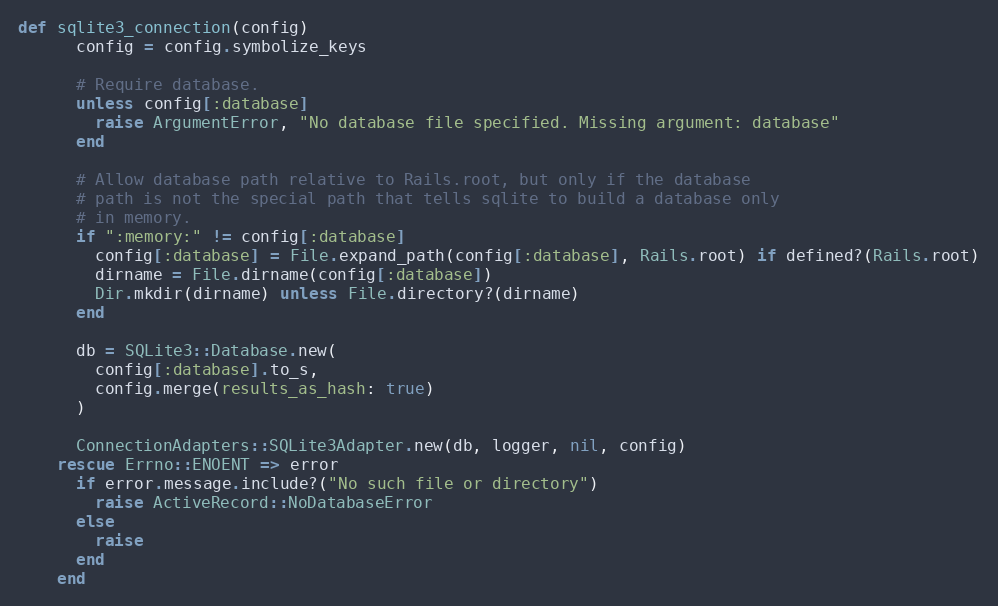
Language: Ruby
def sqlite3_connection(config)
      config = config.symbolize_keys

      # Require database.
      unless config[:database]
        raise ArgumentError, "No database file specified. Missing argument: database"
      end

      # Allow database path relative to Rails.root, but only if the database
      # path is not the special path that tells sqlite to build a database only
      # in memory.
      if ":memory:" != config[:database]
        config[:database] = File.expand_path(config[:database], Rails.root) if defined?(Rails.root)
        dirname = File.dirname(config[:database])
        Dir.mkdir(dirname) unless File.directory?(dirname)
      end

      db = SQLite3::Database.new(
        config[:database].to_s,
        config.merge(results_as_hash: true)
      )

      ConnectionAdapters::SQLite3Adapter.new(db, logger, nil, config)
    rescue Errno::ENOENT => error
      if error.message.include?("No such file or directory")
        raise ActiveRecord::NoDatabaseError
      else
        raise
      end
    end